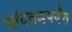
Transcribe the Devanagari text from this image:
चांदवडपर्यंत